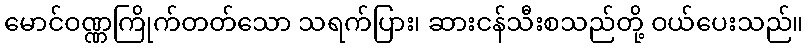
မောင်ဝဏ္ဏကြိုက်တတ်သော သရက်ပြား၊ ဆားငန်သီးစသည်တို့ ဝယ်ပေးသည်။